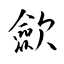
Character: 歛